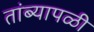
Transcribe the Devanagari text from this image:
तांब्यापळी